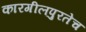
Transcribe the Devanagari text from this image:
कारगीलपुरतेच